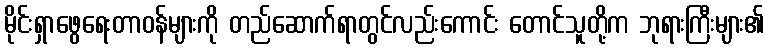
မိုင်းရှာဖွေရေးတာဝန်များကို တည်ဆောက်ရာတွင်လည်းကောင်း တောင်သူတို့က ဘုရားကြီးများ၏